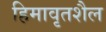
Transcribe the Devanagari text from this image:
हिमावृतशैल